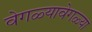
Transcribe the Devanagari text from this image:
वेगळ्यावेगळ्या